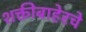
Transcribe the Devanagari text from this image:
शक्तीबाहेरचे